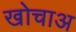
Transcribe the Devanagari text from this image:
खोचाअ